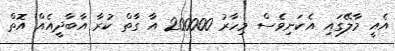
އެއީ މާލޭގައި އެކަނިވެސް މިހާރު 200000 އާ ގާތް ކުރާ އާބާދީއެއް އޮތް